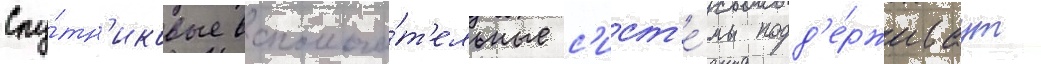
Спу́тн'иковые вспомога́т'ельные с'ист'е́мы подд'е́рживаут